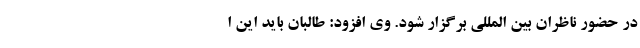
در حضور ناظران بین المللی برگزار شود. وی افزود: طالبان باید این ا